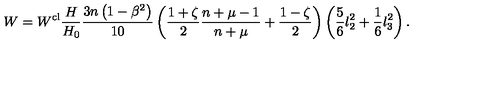
W = W ^ { \mathrm { c l } } \frac { H } { H _ { 0 } } \frac { 3 n \left( 1 - \beta ^ { 2 } \right) } { 1 0 } \left( \frac { 1 + \zeta } { 2 } \frac { n + \mu - 1 } { n + \mu } + \frac { 1 - \zeta } { 2 } \right) \left( \frac { 5 } { 6 } l _ { 2 } ^ { 2 } + \frac { 1 } { 6 } l _ { 3 } ^ { 2 } \right) .